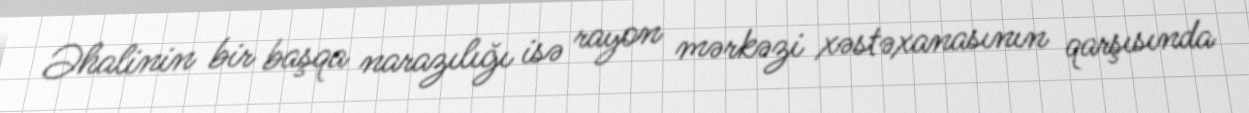
Əhalinin bir başqa narazılığı isə rayon mərkəzi xəstəxanasının qarşısında